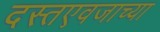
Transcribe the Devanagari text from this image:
दस्तएवजाच्या